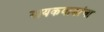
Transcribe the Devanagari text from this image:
गायकवाडांचा